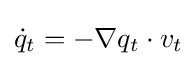
{\dot {q}}_{t}=-\nabla q_{t}\cdot v_{t}